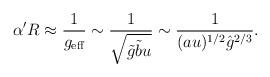
LaTeX: \begin{align*}\alpha' R \approx \frac{1}{g_{\rm eff}} \sim \frac{1}{\sqrt{\tilde g\tilde b u}} \sim \frac{1}{(au)^{1/2} {\hat g}^{2/3}}.\end{align*}